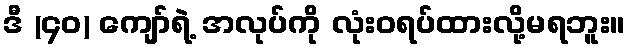
ဒီ (၄၀) ကျော်ရဲ့ အလုပ်ကို လုံးဝရပ်ထားလို့မရဘူး။